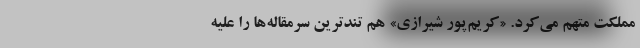
مملکت متهم می‌کرد. «کریم‌پور شیرازی» هم تندترین سرمقاله‌ها را علیه